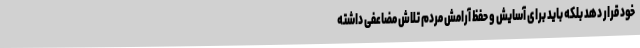
خود قرار دهد بلکه باید برای آسایش و حفظ آرامش مردم تلاش مضاعفی داشته